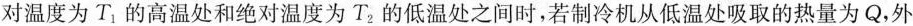
对温度为T_{1} 的高温处和绝对温度为T_{2} 的低温处之间时，若制冷机从低温处吸取的热量为Q，外